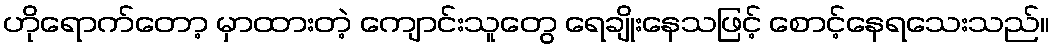
ဟိုရောက်တော့ မှာထားတဲ့ ကျောင်းသူတွေ ရေချိုးနေသဖြင့် စောင့်နေရသေးသည်။